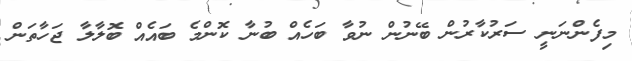
މިފެންނަނީ ސަރުކާރުން ބޭނުން ނުވާ ބަހެއް ބުނާ ކޮންމެ ބައެއް ބޮލާލާ ޖަހާތަން